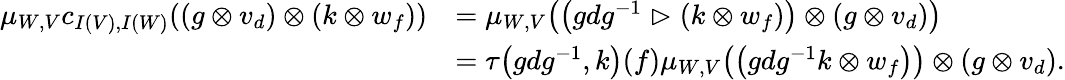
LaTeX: \begin{array}{rl}{\mu_{W,V}c_{I(V),I(W)}((g\otimes v_{d})\otimes(k\otimes w_{f}))}&{=\mu_{W,V}\big(\big(gdg^{-1}\vartriangleright(k\otimes w_{f})\big)\otimes(g\otimes v_{d})\big)}\\ &{=\tau\big(gdg^{-1},k\big)(f)\mu_{W,V}\big(\big(gdg^{-1}k\otimes w_{f}\big)\big)\otimes(g\otimes v_{d}).}\end{array}